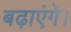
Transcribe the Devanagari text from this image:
बढ़ाएंगे।